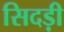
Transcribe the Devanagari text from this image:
सिदड़ी